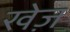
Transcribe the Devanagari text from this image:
खेज़